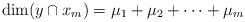
LaTeX: \begin{align*}\dim (y \cap x_m) = \mu_1 + \mu_2 + \cdots + \mu_m\end{align*}